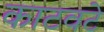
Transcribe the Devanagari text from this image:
काटवटे